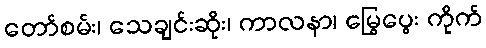
တော်စမ်း၊ သေချင်းဆိုး၊ ကာလနာ၊ မြွေပွေး ကိုက်